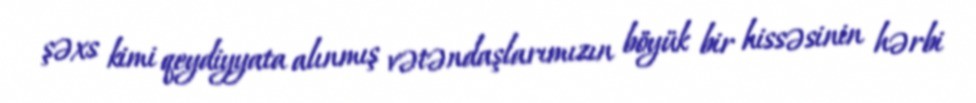
şəxs kimi qeydiyyata alınmış vətəndaşlarımızın böyük bir hissəsinin hərbi